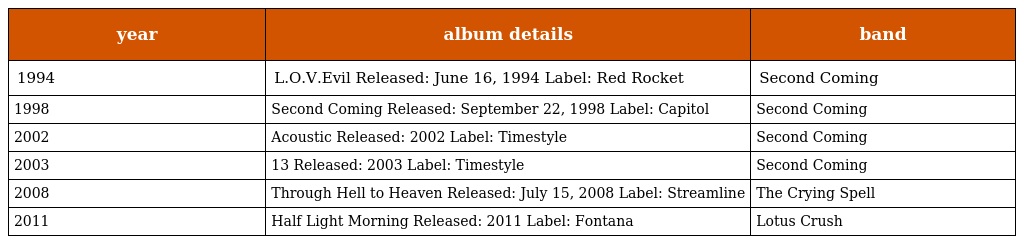
| year | album details | band |
 | --- | --- | --- |
 | 1994 | L.O.V.Evil Released: June 16, 1994 Label: Red Rocket | Second Coming |
 | 1998 | Second Coming Released: September 22, 1998 Label: Capitol | Second Coming |
 | 2002 | Acoustic Released: 2002 Label: Timestyle | Second Coming |
 | 2003 | 13 Released: 2003 Label: Timestyle | Second Coming |
 | 2008 | Through Hell to Heaven Released: July 15, 2008 Label: Streamline | The Crying Spell |
 | 2011 | Half Light Morning Released: 2011 Label: Fontana | Lotus Crush |